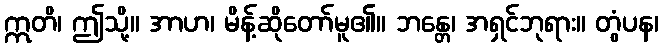
ဣတိ၊ ဤသို့။ အာဟ၊ မိန့်ဆိုတော်မူ၏။ ဘန္တေ၊ အရှင်ဘုရား။ တွံပန၊